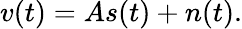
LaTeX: v(t)=As(t)+n(t).